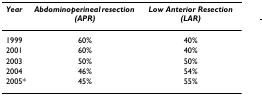
| Year | Abdominoperineal resection (APR) | Low Anterior Resection (LAR) |
 | --- | --- | --- |
 | 1999 | 60% | 40% |
 | 2001 | 60% | 40% |
 | 2003 | 50% | 50% |
 | 2004 | 46% | 54% |
 | 2005* | 45% | 55% |